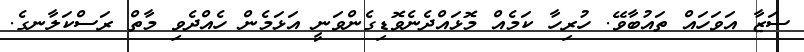
ސަޒާ އަވަހައް ތައުބާވޭ. ހުރިހާ ކަމެއް މޮޅައްދެނެވޮޑިގެންވަނީ އަޅަމެން ހެއްދެވި މާތް ރަސްކަލާނގެ.